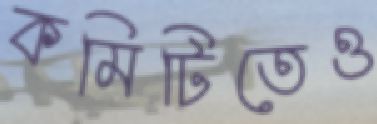
কমিটিতেও